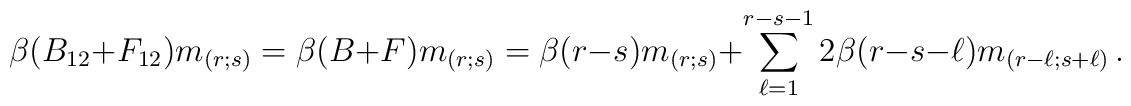
\beta(B_{12}+F_{12})m_{(r;s)}= \beta(B+F)m_{(r;s)}= \beta(r-s) m_{(r;s)}+ \sum_{\ell=1}^{r-s-1} 2\beta(r-s-\ell)  m_{(r-\ell;s+\ell)} \, .